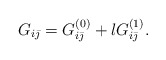
\begin{align*}G_{i\bar{\jmath}}=G^{(0)}_{i\bar{\jmath}}+lG^{(1)}_{i\bar{\jmath}}.\end{align*}